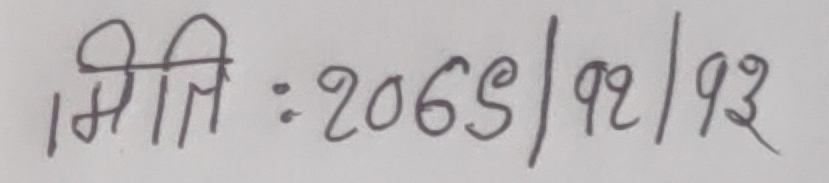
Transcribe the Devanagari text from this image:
मिति : २०६५/९२/९३